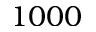
1 0 0 0